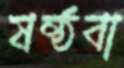
ষষ্ঠবা